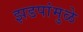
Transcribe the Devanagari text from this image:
झडपांमुळे